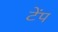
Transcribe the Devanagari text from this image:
टेंप